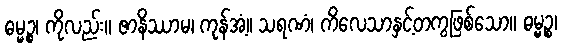
ဓမ္မဉ္စ၊ ကိုလည်း။ ဇာနိဿာမ၊ ကုန်အံ့။ သရဏံ၊ ကိလေသာနှင့်တကွဖြစ်သော။ ဓမ္မဉ္စ၊